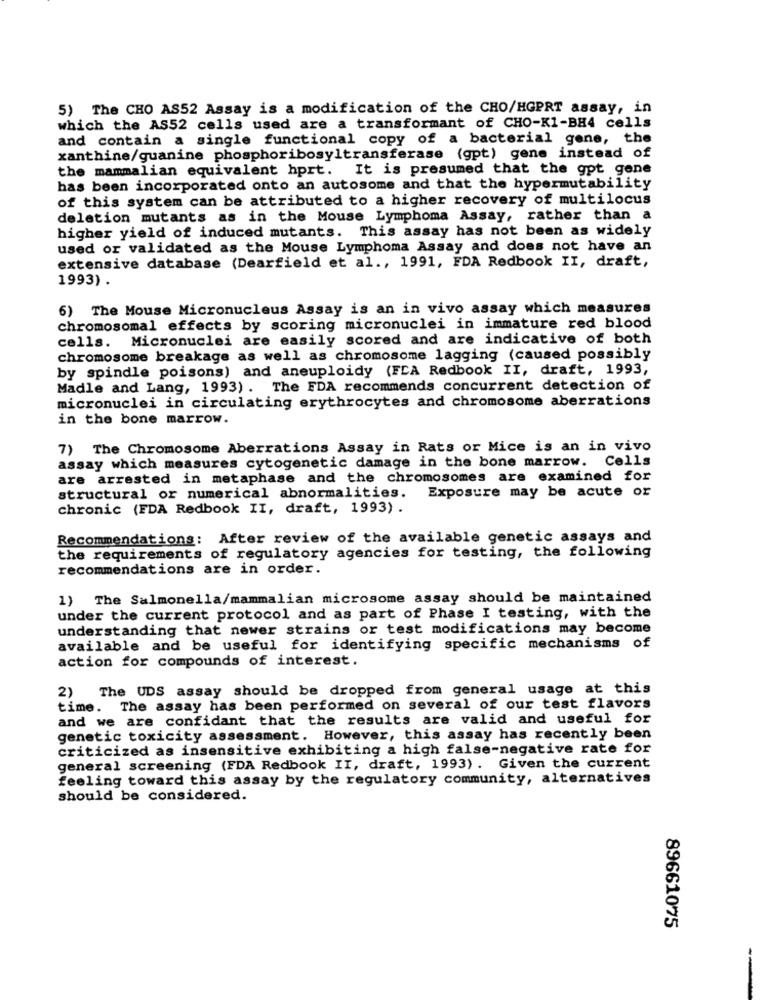
5) The CHO AS52 Assay is a modification of the CHO/HGPRT assay, in
which the AS52 cells used are a transformant of CHO-K1-BH4 cells
and contain a single functional copy of a bacterial gene, the
xanthine/guanine phosphoribosyltransferase (gpt) gene instead of
the mammalian equivalent hprt. It is presumed that the got gene
has been incorporated onto an autosome and that the hypermutability
of this system can be attributed to a higher recovery of multilocus
deletion mutants as in the Mouse Lymphoma Assay, rather than a
higher yield of induced mutants. This assay has not been as widely
used or validated as the Mouse Lymphoma Assay and does not have an
extensive database (Dearfield et al ., 1991, FDA Redbook II, draft,
1993) .
6) The Mouse Micronucleus Assay is an in vivo assay which measures
chromosomal effects by scoring micronuclei in immature red blood
cells. Micronuclei are easily scored and are indicative of both
chromosome breakage as well as chromosome lagging (caused possibly
by spindle poisons) and aneuploidy (FCA Redbook II, draft, 1993,
Madle and Lang, 1993). The FDA recommends concurrent detection of
micronuclei in circulating erythrocytes and chromosome aberrations
in the bone marrow.
7) The Chromosome Aberrations Assay in Rats or Mice is an in vivo
assay which measures cytogenetic damage in the bone marrow. Cells
are arrested in metaphase and the chromosomes are examined for
structural or numerical abnormalities. Exposure may be acute or
chronic (FDA Redbook II, draft, 1993) .
Recommendations: After review of the available genetic assays and
the requirements of regulatory agencies for testing, the following
recommendations are in order.
1) The Salmonella/mammalian microsome assay should be maintained
under the current protocol and as part of Phase I testing, with the
understanding that newer strains or test modifications may become
available and be useful for identifying specific mechanisms of
action for compounds of interest.
2) The UDS assay should be dropped from general usage at this
time. The assay has been performed on several of our test flavors
and we are confidant that the results are valid and useful for
genetic toxicity assessment. However, this assay has recently been
criticized as insensitive exhibiting a high false-negative rate for
general screening (FDA Redbook II, draft, 1993) . Given the current
feeling toward this assay by the regulatory community, alternatives
should be considered.
89661075
--